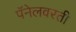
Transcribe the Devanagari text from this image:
पॅनेलवरती